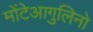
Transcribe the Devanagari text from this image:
मोंटेआगुलिनो